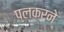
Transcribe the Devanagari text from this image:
प्लकरने